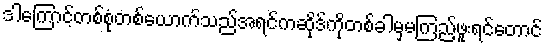
ဒါကြောင့်တစ်စုံတစ်ယောက်သည်အရင်ကဆိုဒ်ကိုတစ်ခါမှမကြည့်ဖူးရင်တောင်